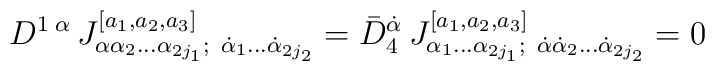
D^{1\;\alpha}\, J^{[a_1,a_2,a_3]}_{\alpha\alpha_2\ldots\alpha_{2j_1};\   \dot\alpha_1\ldots\dot\alpha_{2j_2}} =  \bar D_4^{\dot\alpha}\, J^{[a_1,a_2,a_3]}_{\alpha_1\ldots\alpha_{2j_1};\   \dot\alpha\dot\alpha_2\ldots\dot\alpha_{2j_2}}  =0